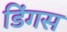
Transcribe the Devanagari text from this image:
डिंगस